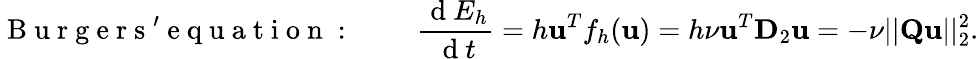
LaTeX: \mathrm{~B~u~r~g~e~r~s~'~e~q~u~a~t~i~o~n~:~}\qquad\frac{\mathrm{~d~}E_{h}}{\mathrm{~d~}t}=h\mathbf{u}^{T}f_{h}(\mathbf{u})=h\nu\mathbf{u}^{T}\mathbf{D}_{2}\mathbf{u}=-\nu||\mathbf{Q}\mathbf{u}||_{2}^{2}.